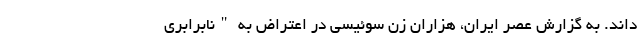
‌داند. به گزارش عصر ایران، هزاران زن سوئیسی در اعتراض به "نابرابری